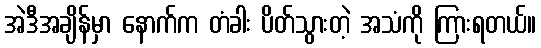
အဲဒီအချိန်မှာ နောက်က တံခါး ပိတ်သွားတဲ့ အသံကို ကြားရတယ်။